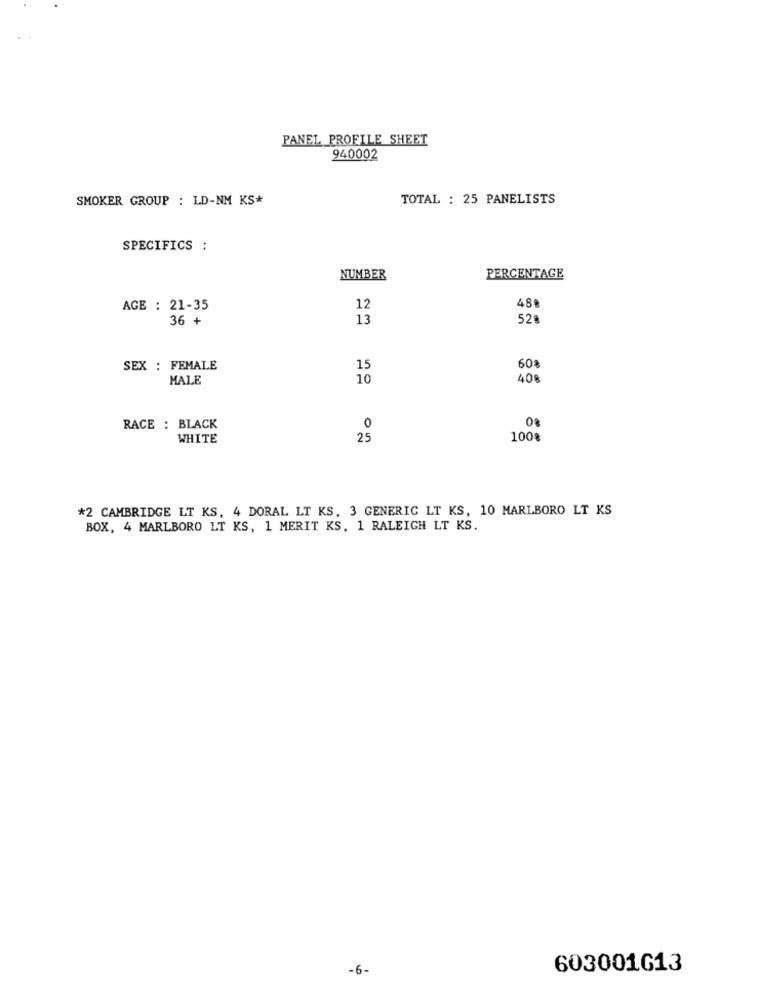
PANEL PROFILE SHEET
940002
SMOKER GROUP : LD-NM KS*
TOTAL : 25 PANELISTS
SPECIFICS :
NUMBER
PERCENTAGE
488
AGE : 21-35
12
36 +
13
52ª
SEX : FEMALE
15
60%
MALE
10
408
RACE : BLACK
WHITE
100%
*2 CAMBRIDGE LT KS, 4 DORAL LT KS, 3 GENERIC LT KS, 10 MARLBORO LT KS
BOX, 4 MARLBORO LT KS, 1 MERIT KS, 1 RALEIGH LT KS.
-6-
603001G13